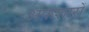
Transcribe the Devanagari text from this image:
अफ़शारों